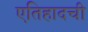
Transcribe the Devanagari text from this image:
एतिहादची